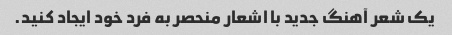
یک شعر آهنگ جدید با اشعار منحصر به فرد خود ایجاد کنید.